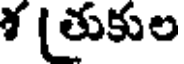
శ (తుకుల